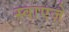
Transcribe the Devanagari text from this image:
स्वाएज़े